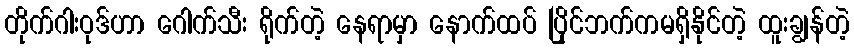
တိုက်ဂါးဝုဒ်ဟာ ဂေါက်သီး ရိုက်တဲ့ နေရာမှာ နောက်ထပ် ပြိုင်ဘက်ကမရှိနိုင်တဲ့ ထူးချွန်တဲ့